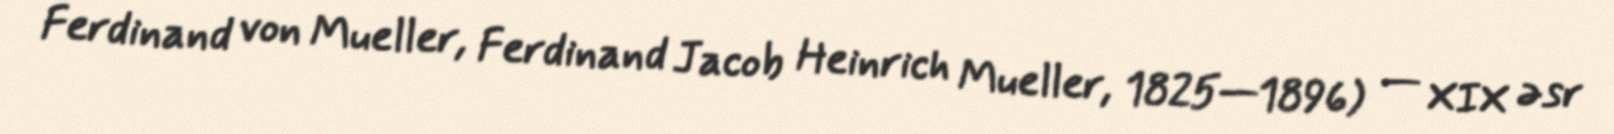
Ferdinand von Mueller, Ferdinand Jacob Heinrich Mueller, 1825—1896) — XIX əsr